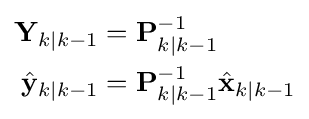
{\begin{aligned}\mathbf {Y} _{k\mid k-1}&=\mathbf {P} _{k\mid k-1}^{-1}\\{\hat {\mathbf {y} }}_{k\mid k-1}&=\mathbf {P} _{k\mid k-1}^{-1}{\hat {\mathbf {x} }}_{k\mid k-1}\end{aligned}}